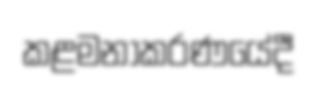
කළමනාකරණයේදී